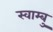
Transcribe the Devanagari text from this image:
स्वाम्बु